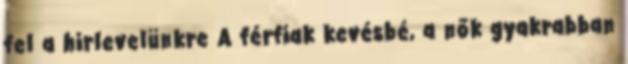
fel a hirlevelünkre A férfiak kevésbé, a nők gyakrabban